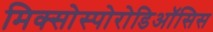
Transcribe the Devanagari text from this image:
मिक्सोस्पोरोडिऑसिस